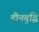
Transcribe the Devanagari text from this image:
हीनबुद्धि